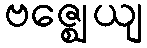
ဗဇ္ဈေယျ